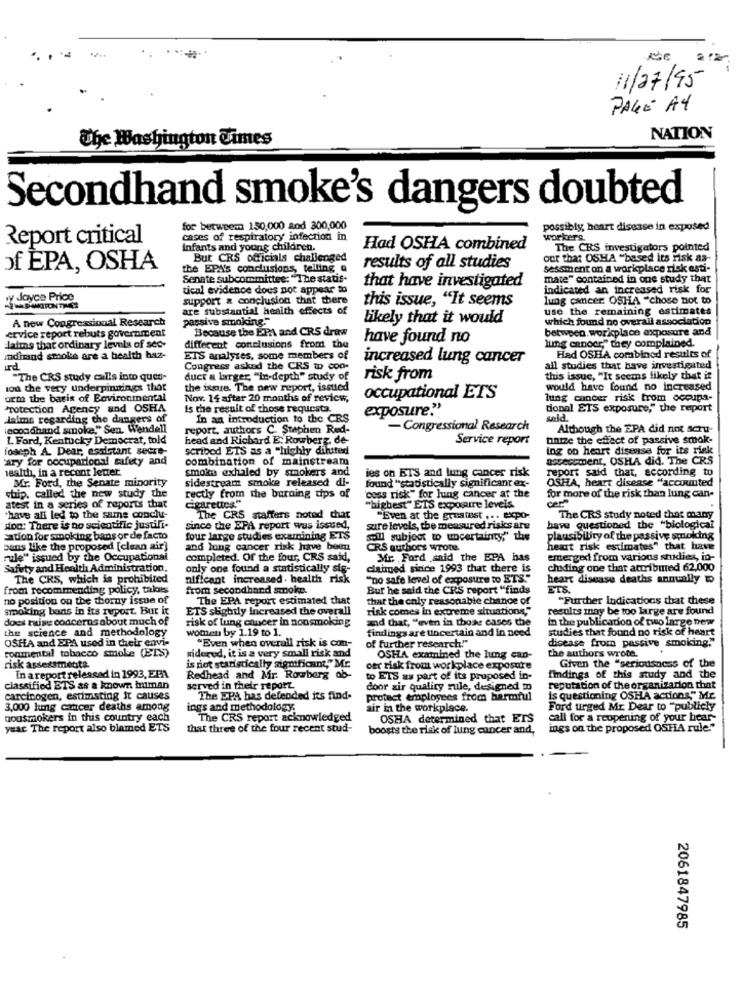
11/07/95
PAGE A4
The Washington Times
NATION
Secondhand smoke's dangers doubted
for betweem 150,000 and 300,000
possibly, heart disease in exposed
Report critical
cases of respiratory infection in
workers
Infants and young children.
Had OSHA combined
The CRS investigators pointed
But CRS officials challenged
out that OSHA "based its risk as-
ofÈPA, OSHA
the EPA's conclusions, telling a
results of all studies
sessment on a workplace rick asti-
Senate subcommittee: "The statis-
that have investigated
mate" contained in one study that
tical evidence does not appear to
indicated an increased risk for
py dJoyce Price
support & conclusion that there
this issue, "It seems
lung cancer OSHA -chose not to
are substantial health effects of
use the remaining estimates
A new Congressional Research
passive smoking."
likely that it would
which found no overall association
Because the EPA and CRS draw
between.workplace exposure and
ervice report rebuts government
have found no
daims that ordinary levels of see-
different conclusions from the
lung ennocr," they complained.
indhand smoke are a health haz-
ETS analyses, some members of
increased lung cancer
Had OSHA combined results of
und
Congress asked the CRS to con-
all studies that have investigated
"The CRS study calls into queu-
duct a larger, "in-depth" study of
risk from
this issue, "It seems likely that it
lou the very underpinnings that
the issue. The new report, issued
would have found no increased
orm the basis of Bovironmental
Nov. 14 after 20 months of review,
occupational ETS
lung cancer risk trom occupa-
Protection Agency and OSHA
is the result of those requesta.
exposure."
tional ETS exposure," the report
Jaime regarding the dangers of
In an introduction to the CRS
secondhand smoke," Sen. Wendell
report, authors C. Stephen Red-
- Congressional Research
Although the EPA did not scru-
L Ford, Kentucky Democrat, told
head and Richard E. Rowberg. de
Service report
unize the effect of passive smak-
foseph A. Dear, esdlctant secre-
scribed ETS as a "highly dinited
ing on heart disease for its riek
ary for occupational safety and
combination of mainstream
assessment, OSHA did. The CRS
Health, in a recent letter
smoke exhaled by smokers and
ies on BTS and lung cancer risk
report said that, according to
Mr. Ford, the Senate minority
sidestream smoke released di-
found "statistically significant ex-
OSHA, heart disease "accounted
rectly from the burning tips of
whip. called the new study the
Cearettes."
"oss risk" for lung cancer at the
for more of the risk than lung can-
atest in a series of reports that
"highest" ETS exposure levels.
have all led to the same conclu-
The CRS staffers noted chat
"Even at the greatest ... expo-
The CRS study noted that many
son: There is no scientific justifi-
since the EPA report was issued,
sure levels, the measured risks aru
have questioned the "biological
sation for smoking bans or de facto
four lange studies examining ETS
spill subject to uncertainty," the
plausibility of the passive smoking
sans like the proposed [clean air]
and lung cancer risk have been
CRS authors wrote.
heart risk estimates" that have
rule" issued by the Occupational
completed. Of the four, CRS said,
Mr. Ford ,said the EPA has
emerged from various studies, io-
Safety and Health Administration,
only one found a statistically sig-
claimed since 1993 that there is
chiding one that attributed 62,000
The CRS, which is prohibited
nificant increased . health risk
"no safe level of exposure to ETS."
heart disease deaths annually
from recommending policy, takes
from secondhand smoke.
Bur he said the CRS report "finds
ETS.
no position on the thorny issue of
The EPA report estimated that
that the only reasonable chance of
"Further Indications that these
smoking bans in its report. But it
ETS slightly Increased the overall
risk comes in extreme situations,"
results may be too large are found
does nuse concerns about much of
risk of lung cancer in nonsmoking
and that, "even in those cases the
the science and methodology
women by 1.19 to 1.
findings are uncertain and in need
in the publication of two large new
"Even when overall risk is con-
disease from passive smoking."
studies that found no risk of heart
OSHA and EPA used in their envi-
conmental tobacco smoke (ELS)
of further research""
the authors wrote.
sidered, it is a very small risk and
OSHA examined the lung can-
risk assessments
is riot staristically significant," Mc
cer risk from workplace exposure
Given the "seriousness of the
In areport released in 1993, EFA
Redhead and Mr. Rowberg ob-
to ETS as part of its proposed in-
findings of this study and the
classified ETS as a known hitman
served in their report
door zir quality rule, designed to
reputation of the organization that
carcinogen, estimating it causes
The EPA has defended its find-
protect employees from harmful
is questioning OSHA actions," Mr.
3,000 lung cancer deaths among
ings and methodology.
air in the workplace.
Ford urged Mr. Dear to "publicly
Dousmokers in this country each
The CRS report acknowledged
OSHA determined that ETS
call for a reopening of your hear-
year The report also blamed ETS
that three of the four recent stud-
boosts the risk of lung cancer and,
ings on the proposed OSTA rule."
2061847985